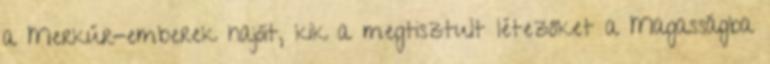
a Merkúr-emberek hajóit, kik a megtisztult létezőket a Magasságba